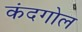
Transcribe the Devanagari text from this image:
कंदगोल